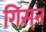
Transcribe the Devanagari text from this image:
गिसन